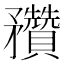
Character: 䂎